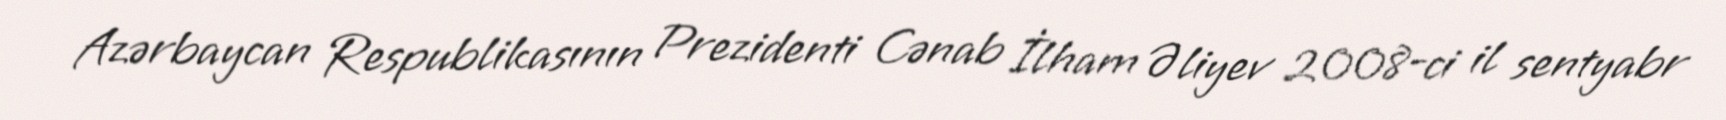
Azərbaycan Respublikasının Prezidenti Cənab İlham Əliyev 2008-ci il sentyabr